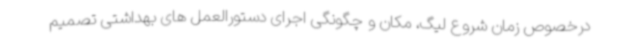
درخصوص زمان شروع لیگ، مکان و چگونگی اجرای دستورالعمل های بهداشتی تصمیم